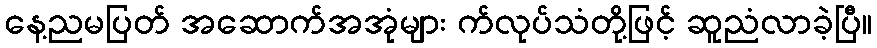
နေ့ညမပြတ် အဆောက်အအုံများ က်လုပ်သံတို့ဖြင့် ဆူညံလာခဲ့ပြီ။